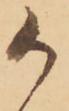
御